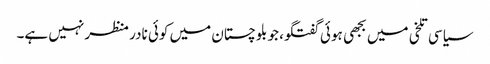
سیاسی تلخی میں بجھی ہوئی گفتگو، جو بلوچستان میں کوئی نادر منظر نہیں ہے۔